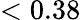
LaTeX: <0.38